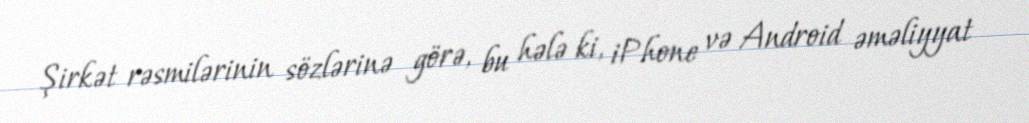
Şirkət rəsmilərinin sözlərinə görə, bu hələ ki, iPhone və Android əməliyyat